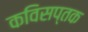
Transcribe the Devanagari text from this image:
कविसप्तक